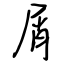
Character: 屑